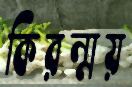
কিরন্ময়